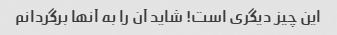
این چیز دیگری است! شاید آن را به آنها برگردانم